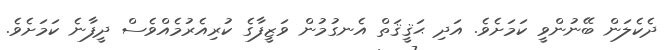
ދެކެލަން ބޭނުންވީ ކަމަށެވެ. އަދި ޙަޤީޤަތް އެނގުމުން ވަޒީފާގެ ކުރިއެރުމެއްވެސް ދީފާނެ ކަމަށެވެ.